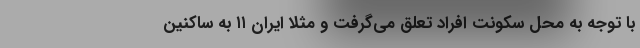
با توجه به محل سکونت افراد تعلق می‌گرفت و مثلاً ایران ۱۱ به ساکنین